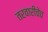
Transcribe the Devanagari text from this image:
तरवारीचेच